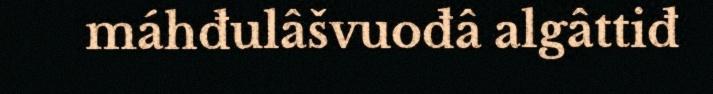
máhđulâšvuođâ algâttiđ